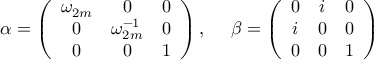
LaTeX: \alpha = \left( \begin{array} { c c c } { { \omega _ { 2 m } } } & { { 0 } } & { { 0 } } \\ { { 0 } } & { { \omega _ { 2 m } ^ { - 1 } } } & { { 0 } } \\ { { 0 } } & { { 0 } } & { { 1 } } \end{array} \right) , ~ ~ ~ ~ \beta = \left( \begin{array} { c c c } { { 0 } } & { { i } } & { { 0 } } \\ { { i } } & { { 0 } } & { { 0 } } \\ { { 0 } } & { { 0 } } & { { 1 } } \end{array} \right)